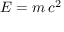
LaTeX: E = m \, c ^ { 2 }